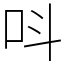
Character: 呌